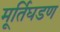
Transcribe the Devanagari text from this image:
मूर्तिघडण